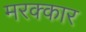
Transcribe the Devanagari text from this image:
मरक्कार